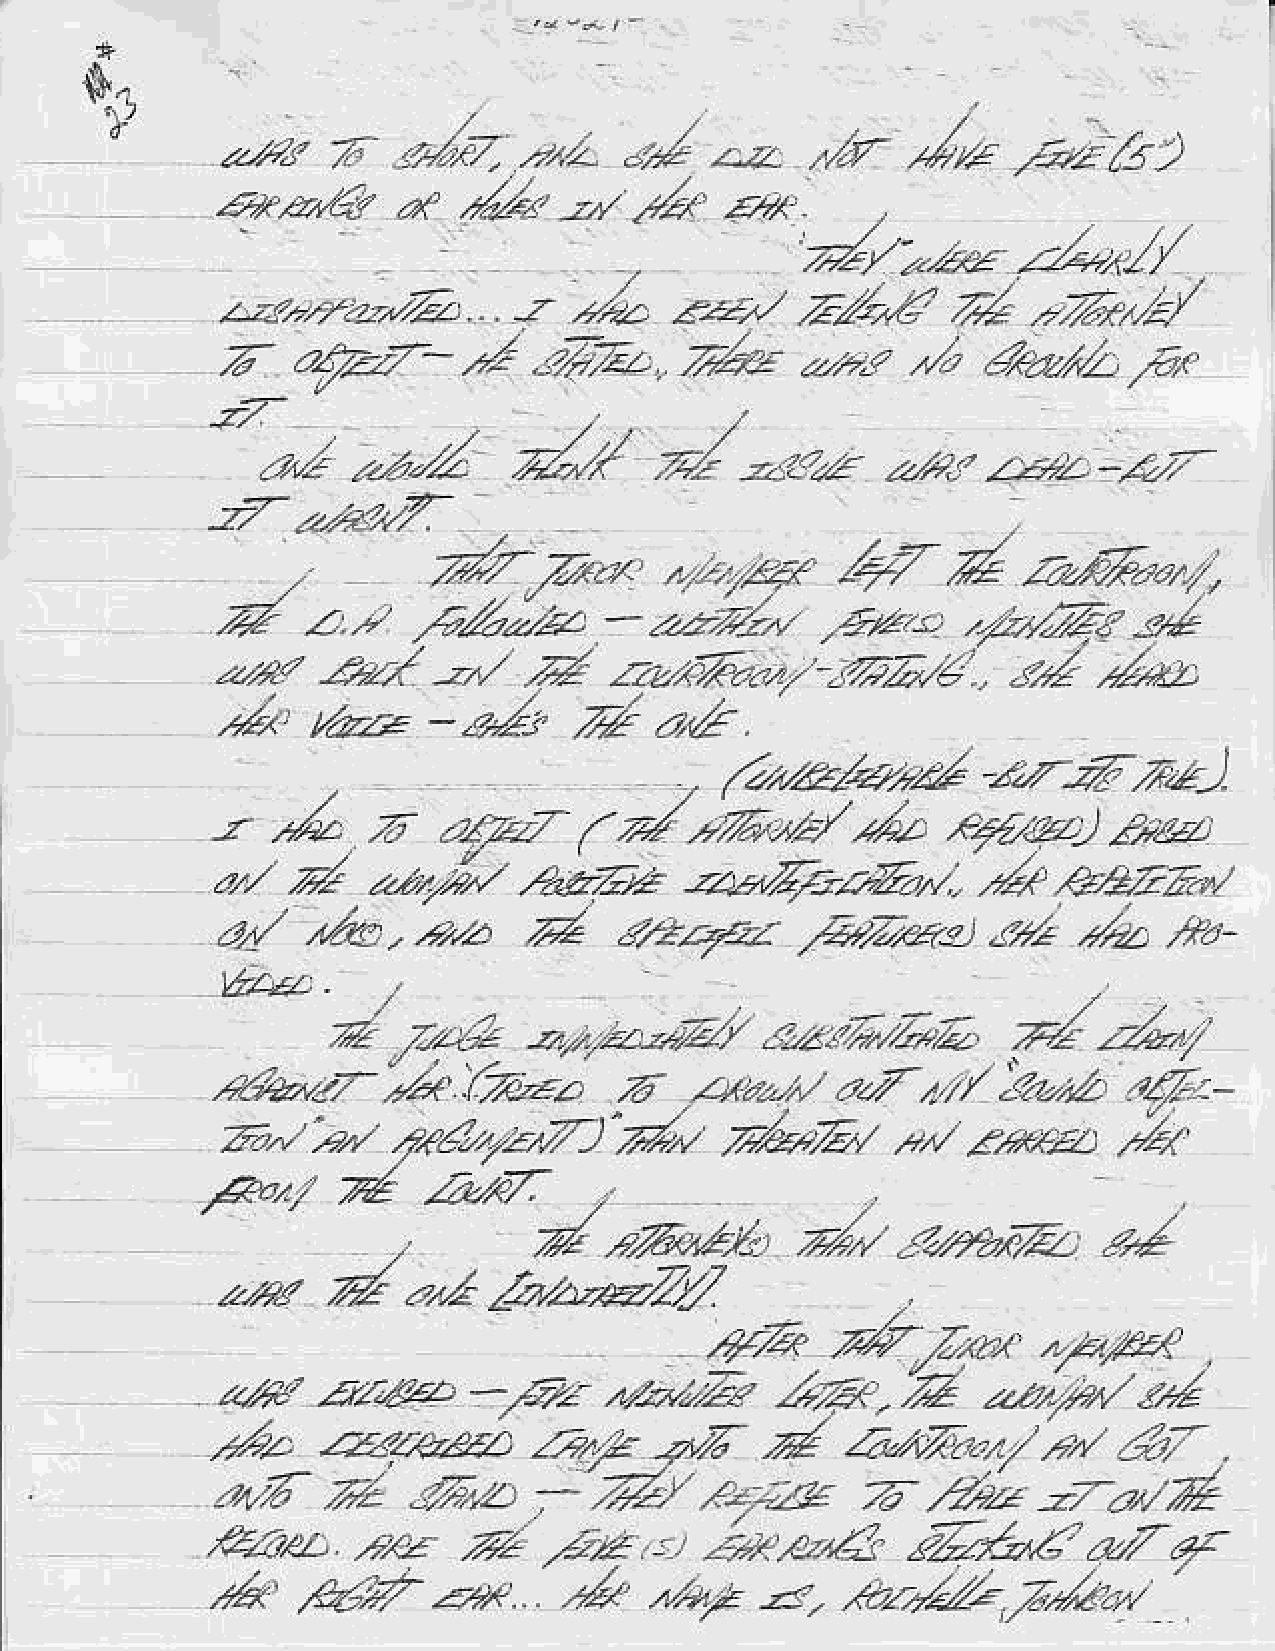
s.j
 ,.                                    Jb
 ,J,-     /v-                /.r.
 -r.'                      -,/   --z                 /2/    5.)
 arP,a,Z{   zf   ./z/4 z    ,A    E4
 -,/,-                    /
 ,          ./.!4. ?/&-    ,?lz/
 z-4-rr.2"/z     ... ,z .-/,r/, 2..4./ zz4z       ,*
 -//z*,tzt
 Z               4             fu              ,/
 a?ar-          .rr-L,            u..s        4,e2,/-    a"
 /
 r-1,-r-.,A'                        -
 a^                             /,.-L   -1
 2-    ?'.'"','.
 z/av      zi4
 ,/r.r                             ,4{  za&?.".//.
 /-4t?/
 4
 .Z     z  -  az-,az       -tazz^        E*     -   ./r-Zt    sZ
 2,..'. Aj      a     .?    /-.2.7ft?,/   J7-;-.      .,    ,L4,
 ,l
 ,r/r
 ,./zzr  -        7,*- z^..
 tr6
 ,  /.-z/a,,:Z                  -az)
 ,yr7/)ED2.,,v**"Ji'E
 -1"zro
 Z               .M/r                           .a
 ",          -*,                -z.b'Za.Zr./              €,4.?Zd,/
 a/                  ,Z
 t&e,,azz             n?/.fz                   i,/*  ,y'z ,*e-
 A/;a,/e<,)
 -   /
 A:46.
 A  Vri           L2Zr'      r.zrl   rZ      v_/4  z:/*
 2../
 a/.a,,r     7,r.,zt:,2.c   .7   z*a-^    a-7t.t     iZtz     a.Z-r-
 -
 zbl    41/ .?(a-      -/) ,' -,Jz /,/ .-v)/e -,/- z/r' .+r' z.*/t_ ,-r:{
 '1r,"
 .-.J                            Ai   L*d.Z        oz,,a     r2
 A1422     -81       "Z
 z'zz?zqs-     z:-.r'  <'2      /   A^/!?t  t2,t t4   ra-
 ^,2
 zt6     7z    d:+z     '  /r,,  z,-:z      ,7,2"2              d
 z7'.".
 zl    ztz            ed
 Zo.z                            ,.-                            q,
 eez                                             a-7
 "V-.r',Z
 ze   /z)//             ./*/
 .4r4..               z<_    ."2//4za  l.z1:\
 'al